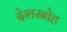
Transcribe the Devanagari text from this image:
देशस्रोह